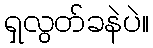
ရှလွတ်ခနဲပဲ။